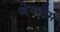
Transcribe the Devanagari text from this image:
नेव्हीम